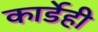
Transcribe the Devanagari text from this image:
कार्डेही